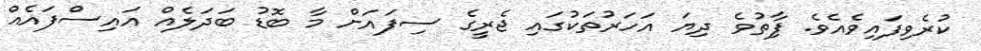
ކުރެވިފައިވެއެވެ. ފާިތުވެ ދިޔަ އަހަރުތަކުގައި ޖެރީގެ ސިފައަށް މާ ބޮޑު ބަދަލެއް އައިސްފައެއް